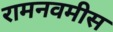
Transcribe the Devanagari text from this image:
रामनवमीस